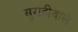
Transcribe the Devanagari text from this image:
सुराहीवाले